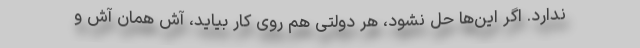
ندارد. اگر این‌ها حل نشود، هر دولتی هم روی کار بیاید، آش همان آش و